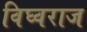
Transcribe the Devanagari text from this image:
विघ्वराज